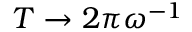
T \to 2 \pi \omega ^ { - 1 }